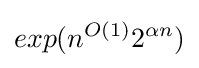
exp(n^{O(1)}2^{\alpha n})